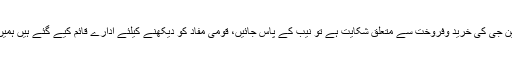
چیف جسٹس نے کہا کہ اگر ایل این جی کی خرید وفروخت سے متعلق شکایت ہے تو نیب کے پاس جائیں، قومی مفاد کو دیکھنے کیلئے ادارے قائم کیے گئے ہیں ہمیں یقین ہے نیب ایک آزاد ادارہ ہے۔